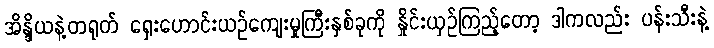
အိန္ဒိယနဲ့တရုတ် ရှေးဟောင်းယဉ်ကျေးမှုကြီးနှစ်ခုကို နှိုင်းယှဉ်ကြည့်တော့ ဒါကလည်း ပန်းသီးနဲ့